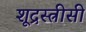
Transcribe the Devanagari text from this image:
शूद्रस्त्रीसी